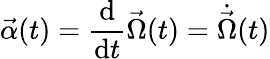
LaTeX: {\vec{\alpha}}(t)={\frac{\mathrm{d}}{\mathrm{d}t}}{\vec{\Omega}}(t)={\dot{\vec{\Omega}}}(t)